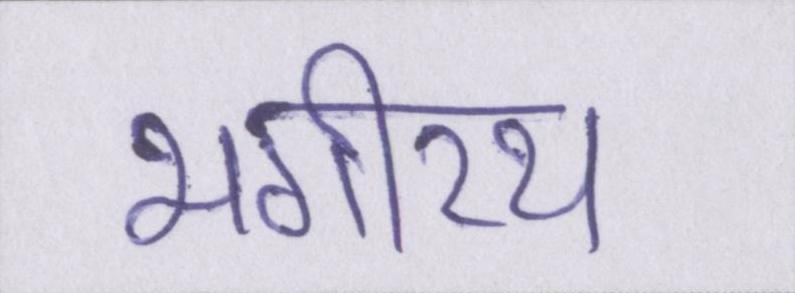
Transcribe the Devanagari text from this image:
भगीरथ